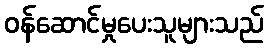
ဝန်ဆောင်မှုပေးသူများသည်